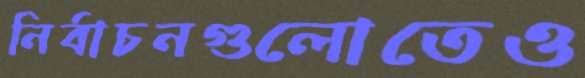
নির্বাচনগুলোতেও